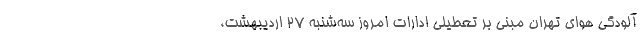
آلودگی هوای تهران مبنی بر تعطیلی ادارات امروز سه‌شنبه ۲۷ اردیبهشت،